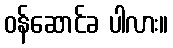
ဝန်ဆောင်ခ ပါလား။